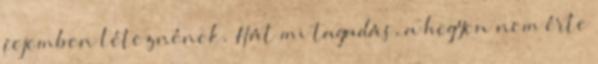
fejemben léteznének. Hát mi tagadás, a hegyen nem érte